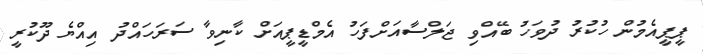
ޕީޕީއެމުން ހުކުރު ދުވަހު ބޭއްވި ޖަލްސާއަށްފަހު އެމްޑީޕީއަށް ކާނިވާ ސަރަހައްދު އިއްޔެ ދޫކުރީ